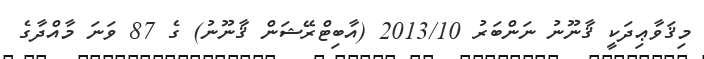
މިޤަވާޢިދަކީ ޤާނޫނު ނަންބަރު 2013/10 (އާބިޓްރޭޝަން ޤާނޫނު) ގެ 87 ވަނަ މާއްދާގެ